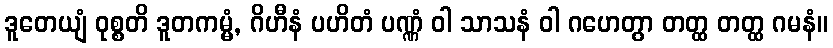
ဒူတေယျံ ဝုစ္စတိ ဒူတကမ္မံ, ဂိဟီနံ ပဟိတံ ပဏ္ဏံ ဝါ သာသနံ ဝါ ဂဟေတွာ တတ္ထ တတ္ထ ဂမနံ။